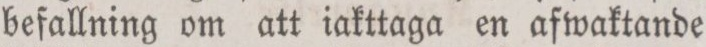
befallning om att iakttaga en afwaktande